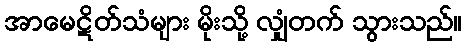
အာမေဋိတ်သံများ မိုးသို့ လျှံတက် သွားသည်။